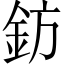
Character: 鈁